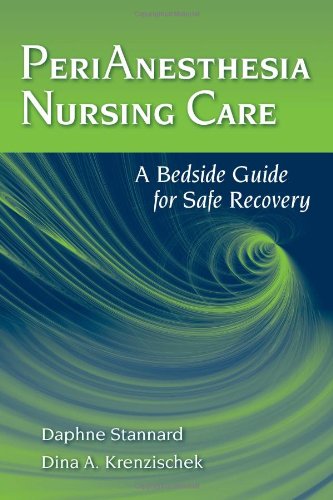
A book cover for Perianesthesia Nursing Care: A Bedside Guide for Safe Recovery; Daphne Stannard; Medical Books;